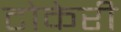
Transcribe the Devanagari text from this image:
टोकेरी